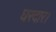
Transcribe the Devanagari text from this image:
घरदार।